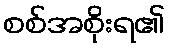
စစ်အစိုးရ၏